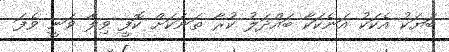
ބަޔަކު އެކަކު އަނެކަކާ ބައްދަލު ކުރާ ތަނަކަށް ކޮފީ ވިލާ ވަނީ ވެފަ